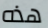
هذه